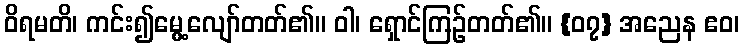
ဝိရမတိ၊ ကင်း၍မွေ့လျော်တတ်၏။ ဝါ၊ ရှောင်ကြဉ်တတ်၏။ {၀၇} အညေန ဧဝ၊